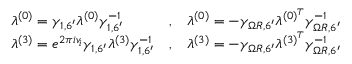
\begin{array} { l c l } { { \lambda ^ { ( 0 ) } = \gamma _ { 1 , 6 ^ { \prime } } \lambda ^ { ( 0 ) } \gamma _ { 1 , 6 ^ { \prime } } ^ { - 1 } } } & { { , } } & { { \lambda ^ { ( 0 ) } = - \gamma _ { \Omega R , 6 ^ { \prime } } \lambda ^ { ( 0 ) ^ { T } } \gamma _ { \Omega R , 6 ^ { \prime } } ^ { - 1 } } } \\ { { \lambda ^ { ( 3 ) } = e ^ { 2 \pi i v _ { i } } \gamma _ { 1 , 6 ^ { \prime } } \lambda ^ { ( 3 ) } \gamma _ { 1 , 6 ^ { \prime } } ^ { - 1 } } } & { { , } } & { { \lambda ^ { ( 3 ) } = - \gamma _ { \Omega R , 6 ^ { \prime } } \lambda ^ { ( 3 ) ^ { T } } \gamma _ { \Omega R , 6 ^ { \prime } } ^ { - 1 } } } \end{array}